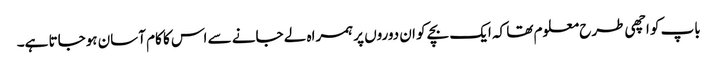
باپ کو اچھی طرح معلوم تھا کہ ایک بچے کو ان دوروں پر ہمراہ لے جانے سے اس کا کام آسان ہوجاتا ہے۔